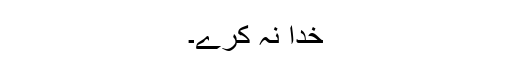
خدا نہ کرے۔